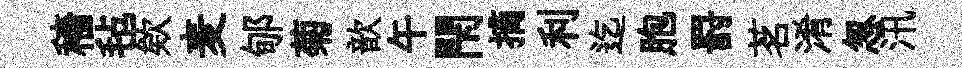
穡毡欸麦郇菊歆午閇摘利迄胞罸茗淆怱汛